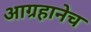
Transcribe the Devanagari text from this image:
आग्रहानेच